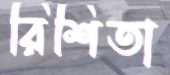
রিশিতা